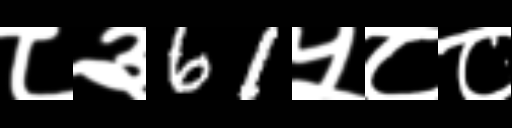
Text: ८३61५८८